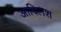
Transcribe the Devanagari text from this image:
आदिलश